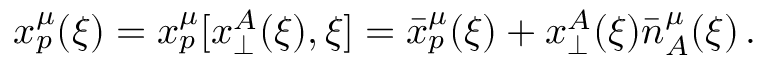
x _ { p } ^ { \mu } ( \xi ) = x _ { p } ^ { \mu } [ x _ { \perp } ^ { A } ( \xi ) , \xi ] = \bar { x } _ { p } ^ { \mu } ( \xi ) + x _ { \perp } ^ { A } ( \xi ) \bar { n } _ { A } ^ { \mu } ( \xi ) \, .